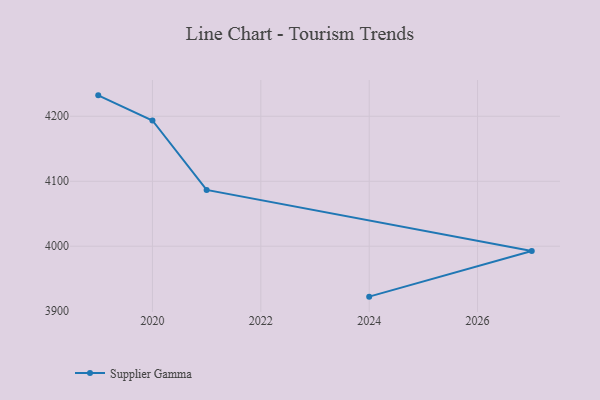
{"axis": {"x": "Year", "y": "Shipments"}, "legend": ["Supplier Gamma"], "data": [{"x": "2024", "y": 3922.4, "type": "Supplier Gamma"}, {"x": "2027", "y": 3992.7, "type": "Supplier Gamma"}, {"x": "2021", "y": 4086.6, "type": "Supplier Gamma"}, {"x": "2020", "y": 4193.5, "type": "Supplier Gamma"}, {"x": "2019", "y": 4232.2, "type": "Supplier Gamma"}]}